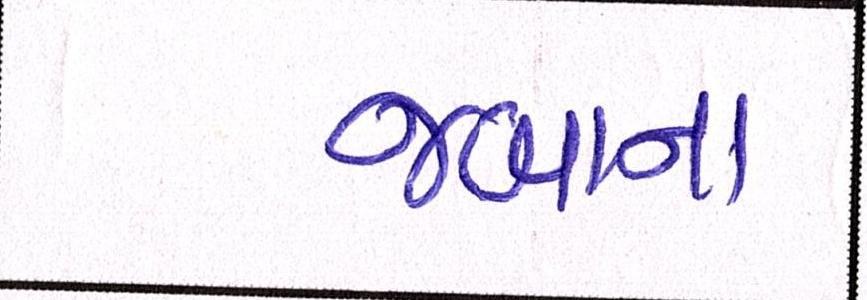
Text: જબાન